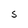
Character: S